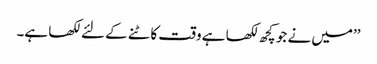
’’میں نے جو کچھ لکھا ہے وقت کاٹنے کے لئے لکھا ہے۔